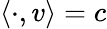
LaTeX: \langle\cdot,v\rangle=c